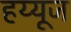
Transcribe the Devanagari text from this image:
हय्यूज